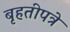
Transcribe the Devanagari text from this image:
बृहतीपत्रे